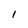
Character: 1